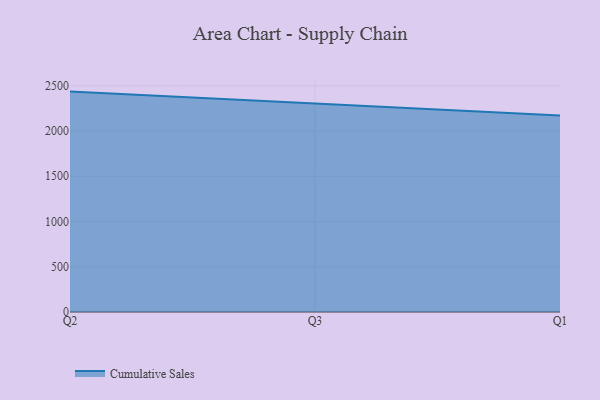
{"axis": {"x": "Quarter", "y": "Temperature (°C)"}, "legend": ["Cumulative Sales"], "data": [{"x": "Q2", "y": 2436.1, "type": "Cumulative Sales"}, {"x": "Q3", "y": 2305.4, "type": "Cumulative Sales"}, {"x": "Q1", "y": 2172.7, "type": "Cumulative Sales"}]}